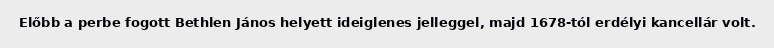
Előbb a perbe fogott Bethlen János helyett ideiglenes jelleggel, majd 1678-tól erdélyi kancellár volt.